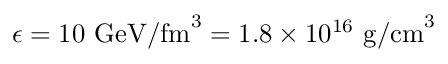
\epsilon = 1 0 ~ { \mathrm { G e V / f m } } ^ { 3 } = 1 . 8 \times 1 0 ^ { 1 6 } ~ { \mathrm { g / c m } } ^ { 3 }